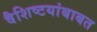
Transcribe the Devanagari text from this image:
वैशिष्टयांबाबत